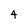
Character: 4